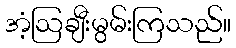
အံ့ဩချီးမွမ်းကြသည်။